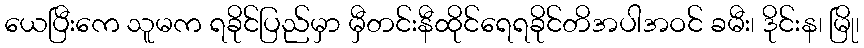
ယေပြီးကေ သူမက ရခိုင်ပြည်မှာ မှီတင်းနီထိုင်ရေရခိုင်တိအပါအဝင် ခမီး၊ ဒိုင်းန၊ မြို၊